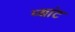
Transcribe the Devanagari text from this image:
प्यांट